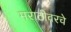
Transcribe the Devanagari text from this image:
मराठीवरचे